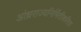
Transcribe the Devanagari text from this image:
आंध्रराज्यनिर्मितीकरिता